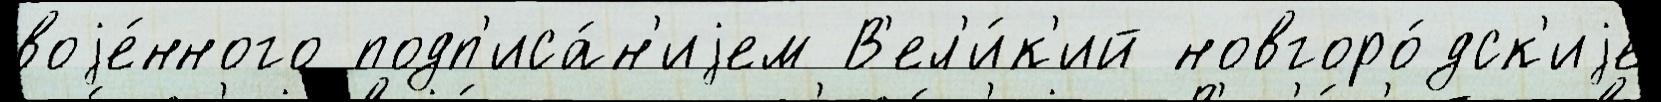
воjе́нного подп'иса́н'иjем В'ел'и́к'ий новгоро́дск'иjе